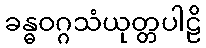
ခန္ဓဝဂ္ဂသံယုတ္တပါဠိ